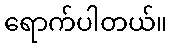
ရောက်ပါတယ်။